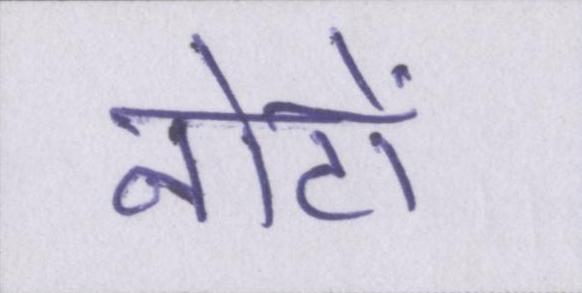
नोटों